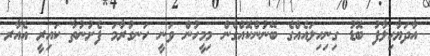
އާދަޔާޙިލާފު ބޮޑު ގިނިހިލައެއްގެ ބޭނުންކޮއްގެން މިމީހުން ވަނީ ހަނގުރާމަ ފެށުނުތާ ކައިރީ އެއާރ